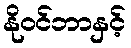
နိုဝင်ဘာနှင့်